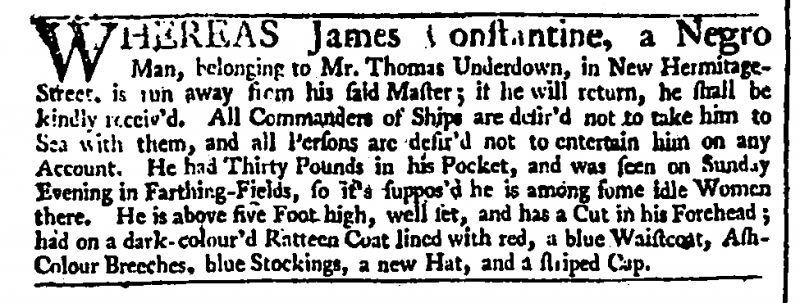
Daily Advertiser, 9 November 1742 (England)
WHEREAS James Constantine, A Negro Man, belonging to Mr. Thomas Underdown, in New Hermitage-Street, is run away from his said Master; if he will return, he shall be kindly receiv’d. All Commanders of Ships are desir’d not to take him to Sea with them, and all Persons are desir’d not to entertain him on any Account. He had Thirty Pounds in his Pocket, and was seen on Sunday Evening in Farthing-Fields, so it’s suppos’d he is among some idle Women there. He is above five Foot high, well set, and has a Cut in his Forehead; had on a dark-colour’d Ratteen Coat lined with red, a blue Waistcoat, Ash-Colour Breeches, blue Stockings, a new Hat, and a striped Cap.